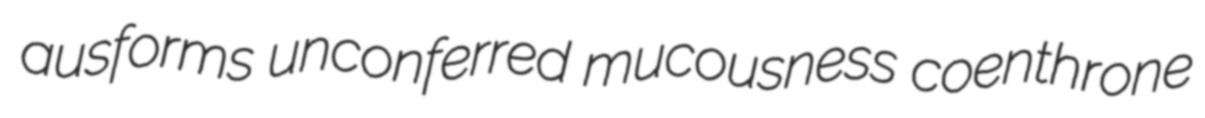
ausforms unconferred mucousness coenthrone